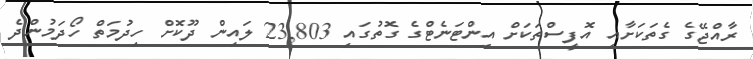
ރާއްޖޭގެ ގެތަކަށާއި އޮފީސްތަކަށް އިންޓަނެޓްގެ ގޮތުގައި 23